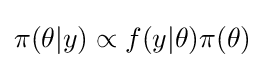
\pi (\theta |y)\propto f(y|\theta )\pi (\theta )